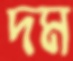
দম